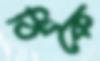
ঠিকৈ